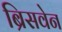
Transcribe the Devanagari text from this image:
ब्रिसवेन